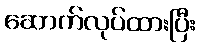
ဆောက်လုပ်ထားပြီး